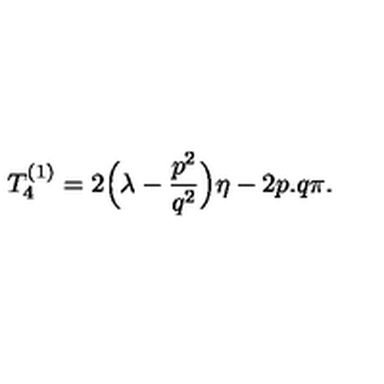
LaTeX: T _ { 4 } ^ { ( 1 ) } = 2 \Bigl ( \lambda - \frac { p ^ { 2 } } { q ^ { 2 } } \Bigr ) \eta - 2 p . q \pi .